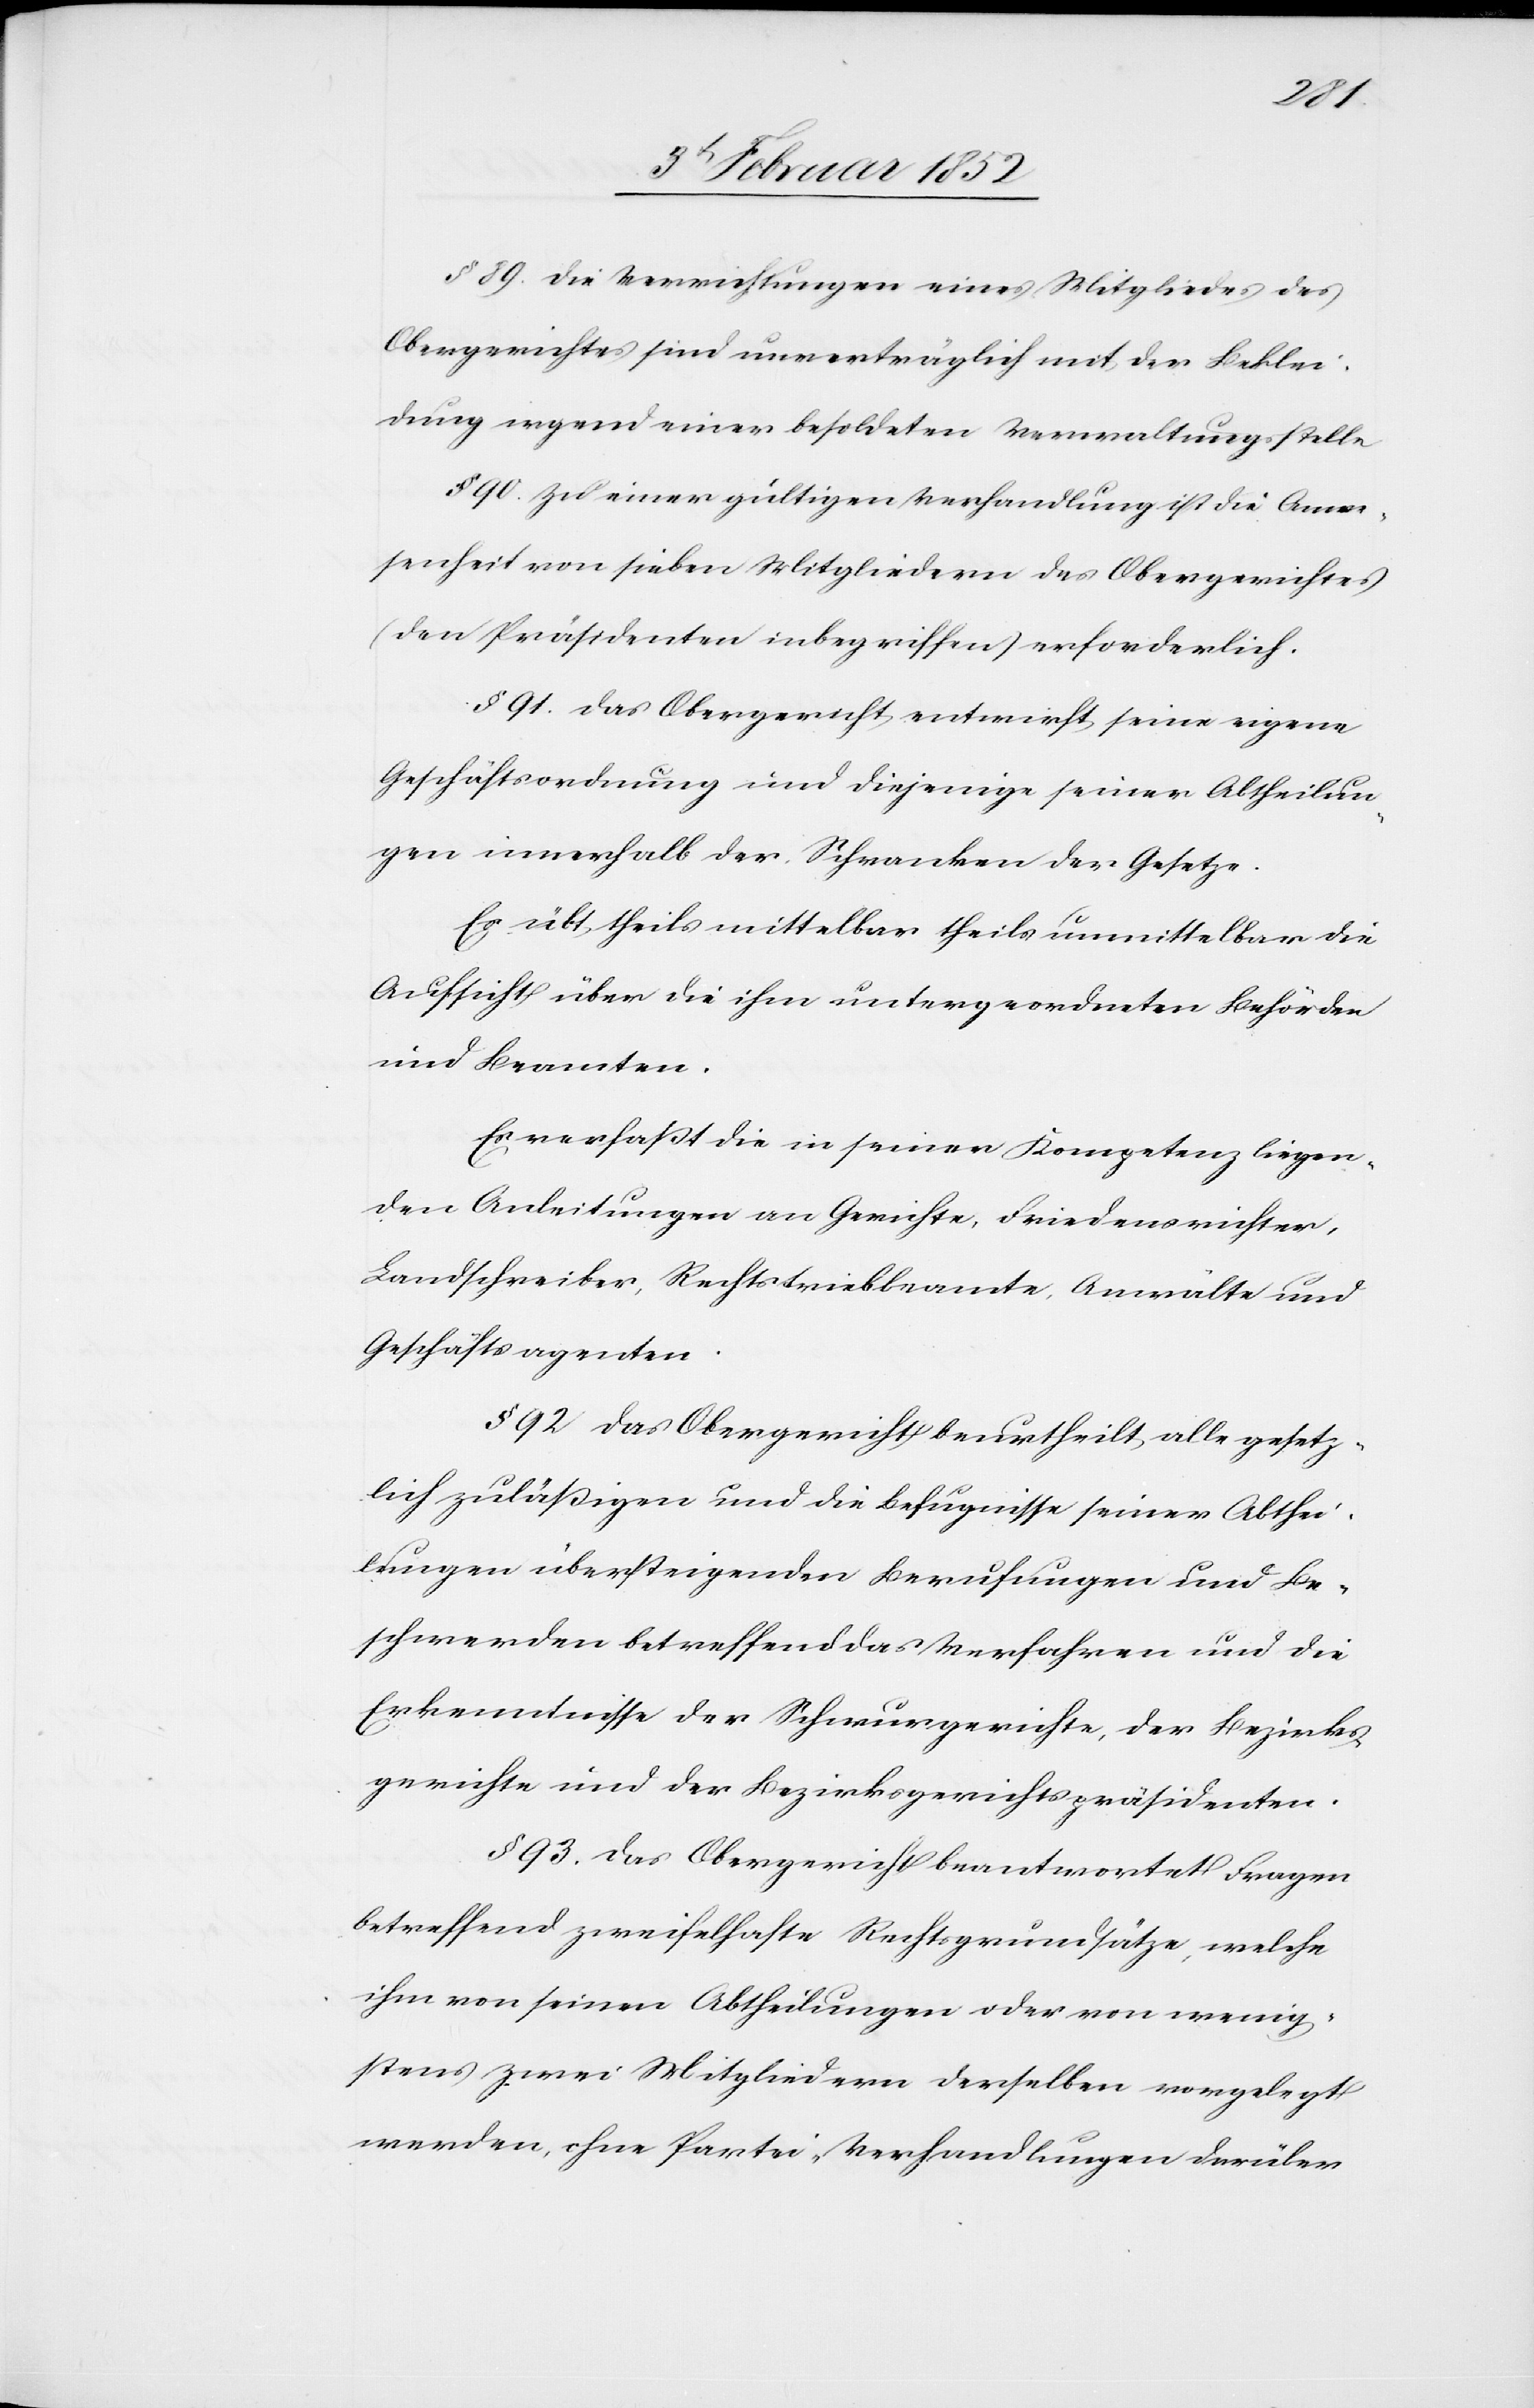
§ 89. Die Verrichtungen eines Mitgliedes des
Obergerichtes sind unverträglich mit der Beklei¬
dung irgend einer besoldeten Verwaltungsstelle.
§ 90. Zu einer gültigen Verhandlung ist die Anwe¬
senheit von sieben Mitgliedern des Obergerichtes
(den Präsidenten inbegriffen) erforderlich.
§ 91. Das Obergericht entwirft seine eigene
Geschäftsordnung und diejenige seiner Abtheilun¬
gen innerhalb der Schranken der Gesetze.
Es übt, theils mittelbar theils unmittelbar die
Aufsicht über die ihm untergeordneten Behörden
und Beamten.
Es verfaßt die in seiner Kompetenz liegen¬
den Anleitungen an Gerichte, Friedensrichter,
Landschreiber, Rechtstriebbeamte, Anwälte und
Geschäftsagenten.
§ 92. Das Obergericht beurtheilt alle gesetz¬
lich zuläßigen und die Befugnisse seiner Abthei¬
lungen übersteigenden Berufungen und Be¬
schwerden betreffend das Verfahren und die
Erkenntnisse der Schwurgerichte, der Bezirks¬
gerichte und der Bezirksgerichtspräsidenten.
§ 93. Das Obergericht beantwortet Fragen
betreffend zweifelhafte Rechtsgrundsätze, welche
ihm von seinen Abtheilungen oder von wenig¬
stens zwei Mitgliedern derselben vorgelegt
werden ohne Partei-Verhandlungen darüber